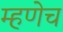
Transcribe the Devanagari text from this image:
म्हणेच